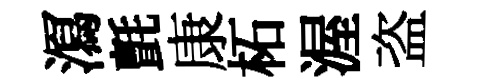
㵼氈康柘渥盗